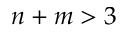
n + m > 3